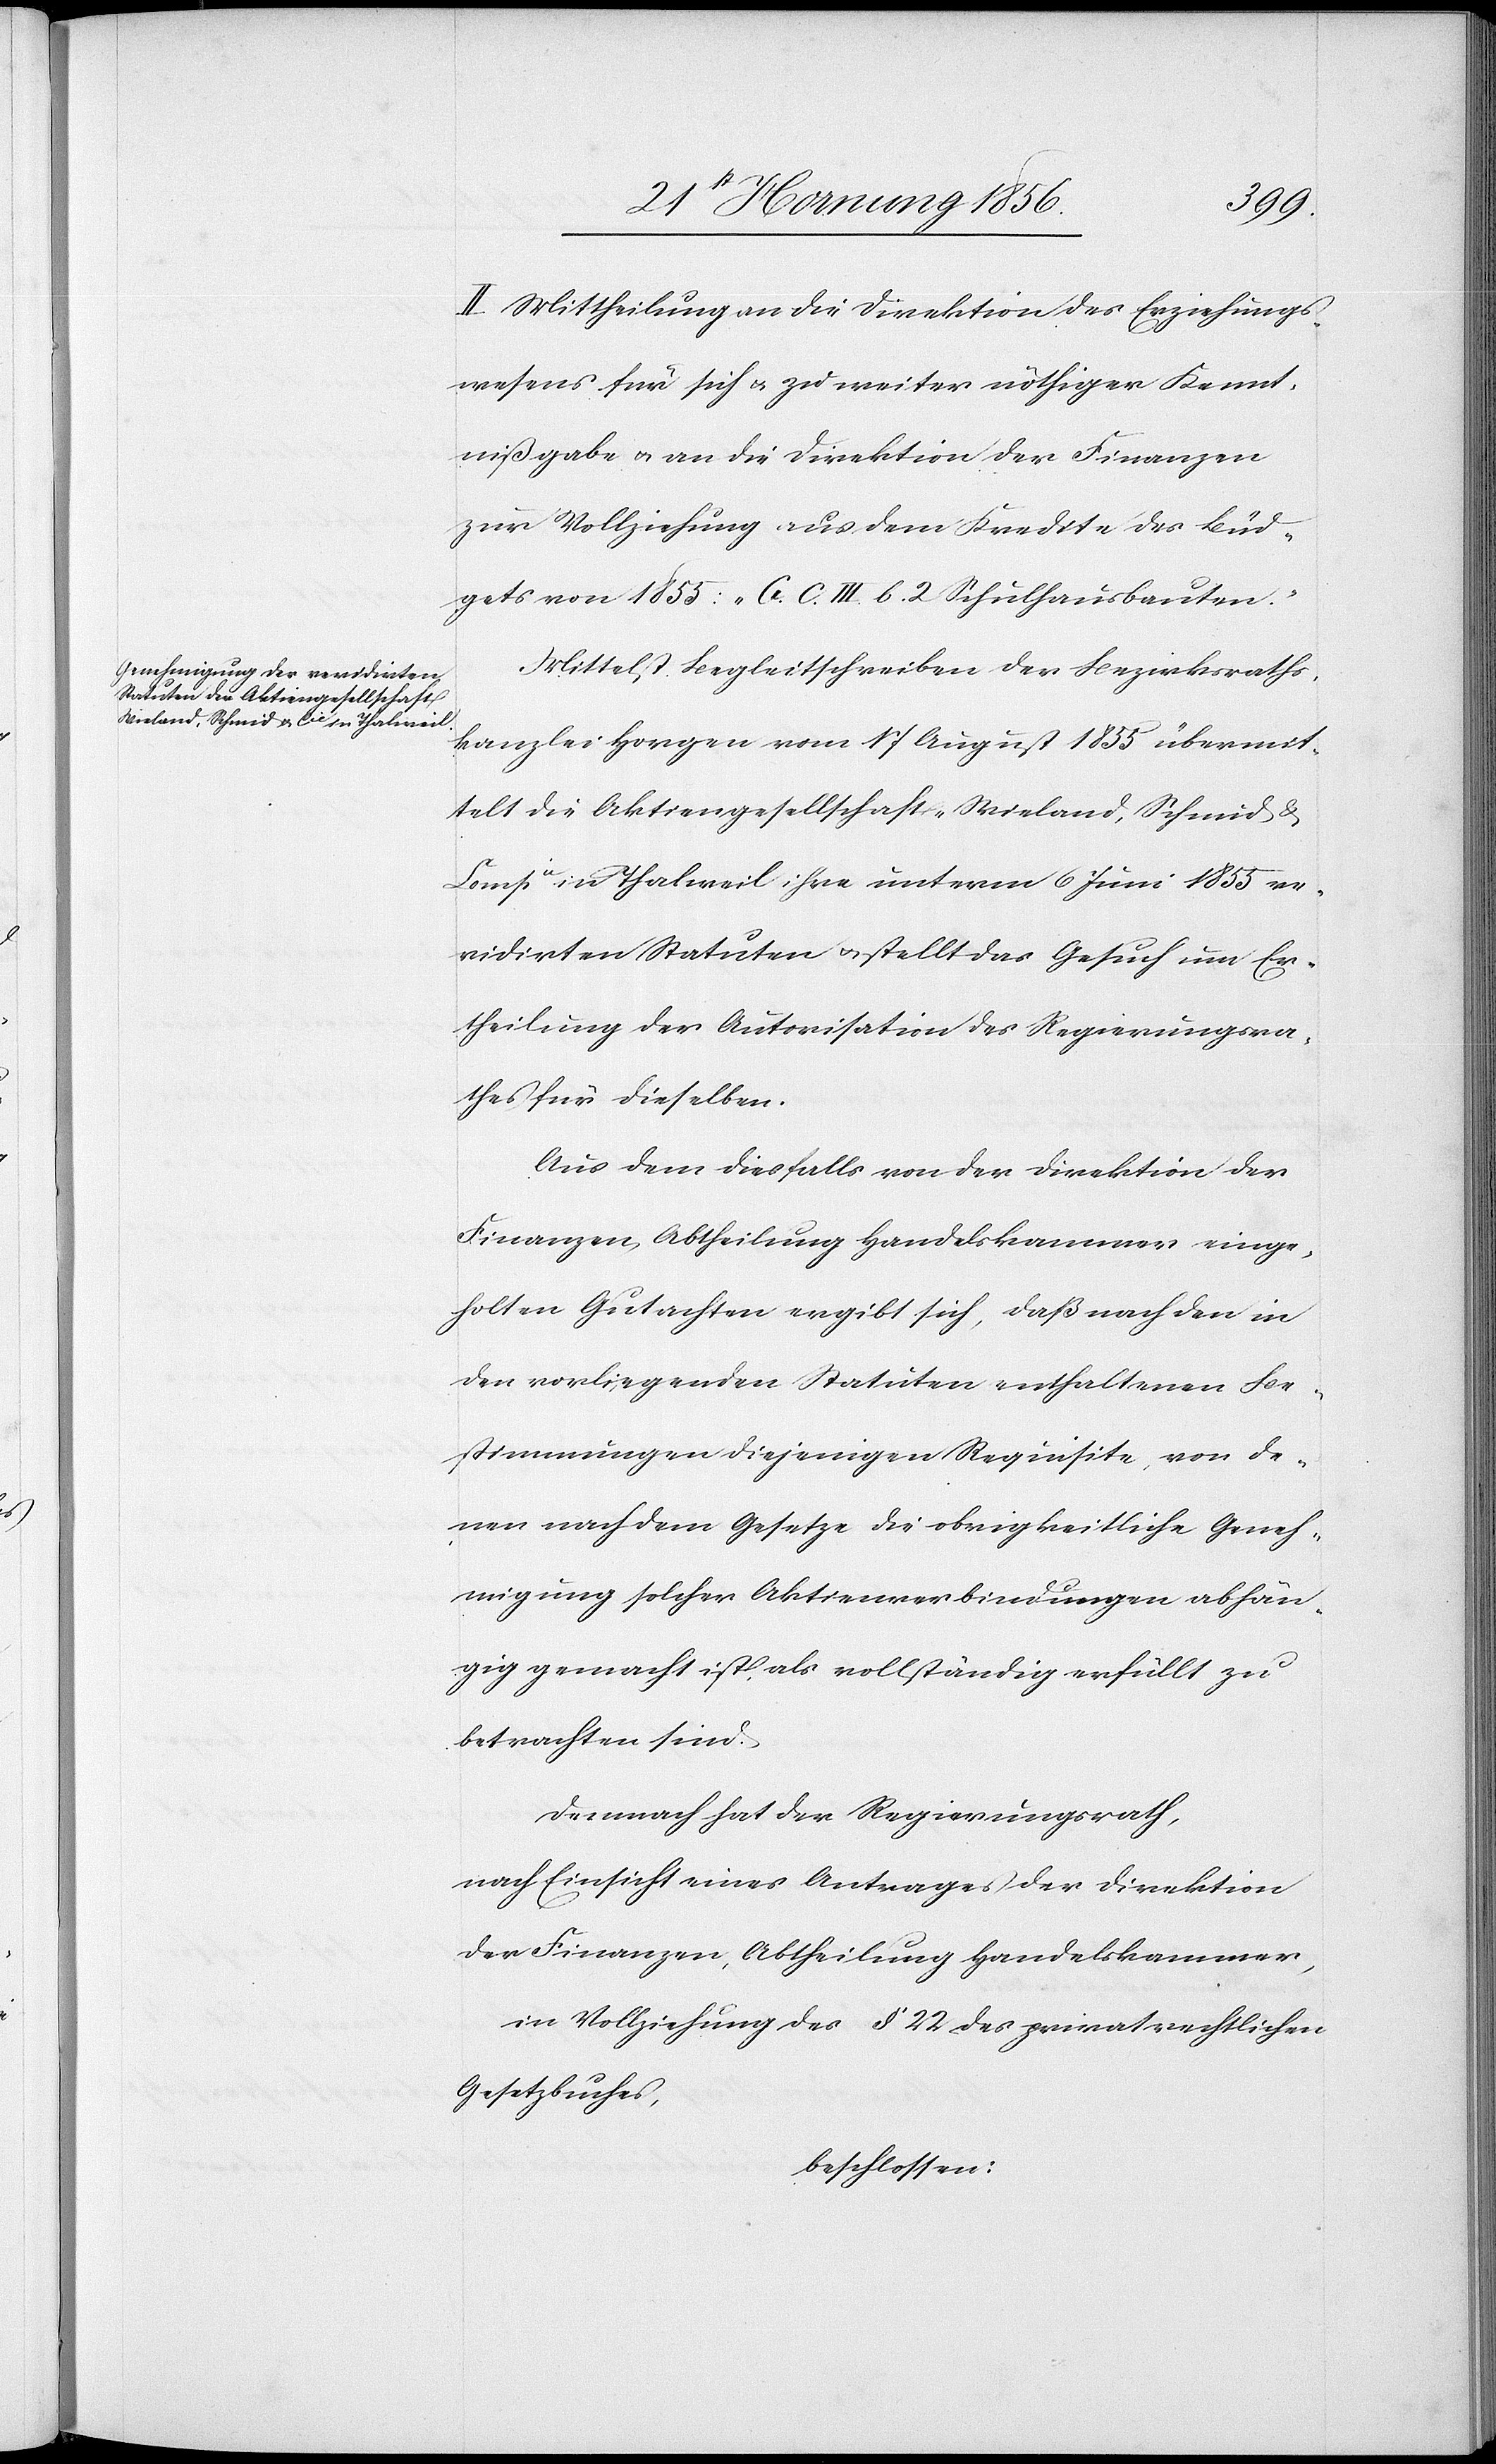
II. Mittheilung an die Direktion des Erziehungs¬
wesens für sich u. zu weiter nöthiger Kennt¬
nißgabe u. an die Direktion der Finanzen
zur Vollziehung aus dem Kredite des Büd¬
gets von 1855: „A. C. III. b. 2 Schulhausbauten.“
Mittelst Begleitschreiben der Bezirksraths¬
kanzlei Horgen vom 17 August 1855 übermit¬
telt die Aktiengesellschaft-Wieland, Schmid &
Compie in Thalweil ihre unterm 6 Juni 1855 re¬
vidirten Statuten u. stellt das Gesuch um Er¬
theilung der Autorisation des Regierungsra¬
thes für dieselben.
Aus dem diesfalls von der Direktion der
Finanzen Abtheilung Handelskammer einge¬
holten Gutachten ergibt sich, daß nach den in
der vorliegenden Statuten enthaltenen Be¬
stimmungen diejenigen Requisite, von de¬
nen nach dem Gesetze die obrigkeitliche Geneh¬
migung solcher Aktienverbindungen abhän¬
gig gemacht ist, als vollständig erfüllt zu
betrachten sind.
Demnach hat der Regierungsrath,
nach Einsicht eines Antrages der Direktion
der Finanzen, Abtheilung Handelskammer,
in Vollziehung des § 22 des privatrechtlichen
Gesetzbuches,
beschlossen: